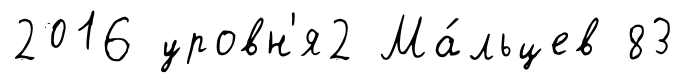
2016 уровн'я2 Ма́льцев 83